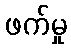
ဖက်မှု